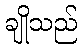
ချိုသည်